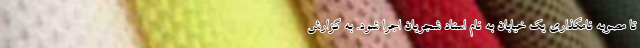
تا مصوبه نامگذاری یک خیابان به نام استاد شجریان اجرا شود. به گزارش